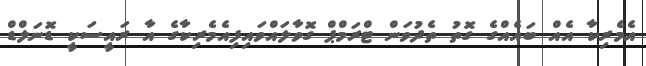
އެމެރިކާ އެއް ބައެއްގެ ގޮތު ތެދުވަން ޓްރަމްޕް ގޮވާލައްވައިފިއެމެރިކާގެ އާ ރައީސަކީ ޑޮނަލްޑް